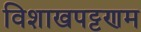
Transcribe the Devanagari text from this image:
विशाखपट्टणम